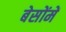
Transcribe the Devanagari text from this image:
बेसोंमें